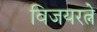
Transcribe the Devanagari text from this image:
विजयरत्ने